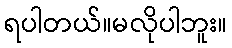
ရပါတယ်။မလိုပါဘူး။